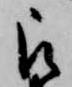
被